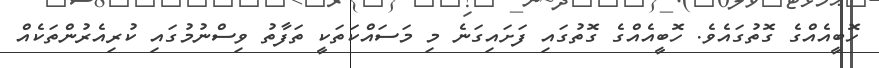
ހޮބީއެއްގެ ގޮތުގައެވެ. ހޮބީއެއްގެ ގޮތުގައި ފަށައިގަނެ މި މަސައްކަތަކީ ތަފާތު ވިސްނުމުގައި ކުރިއެރުންތަކެއް